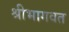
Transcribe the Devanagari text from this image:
श्रीभागवत